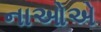
નાઓએ